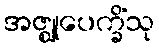
အဇ္ဈုပေက္ခိံသု